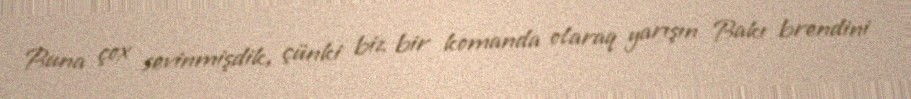
Buna çox sevinmişdik, çünki biz bir komanda olaraq yarışın Bakı brendini